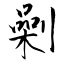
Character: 劋